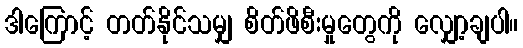
ဒါကြောင့် တတ်နိုင်သမျှ စိတ်ဖိစီးမှုတွေကို လျှော့ချပါ။